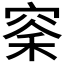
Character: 𫁏